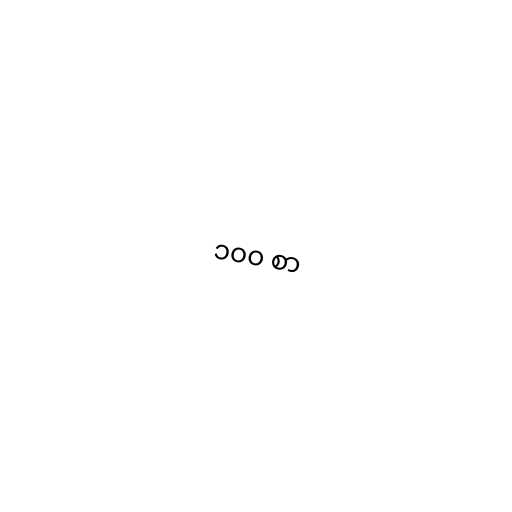
၁၀၀ စာ